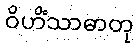
ဝိဟိံသာဓာတု